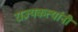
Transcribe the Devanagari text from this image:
राज्यकर्त्यानी